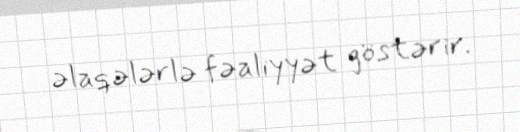
əlaqələrlə fəaliyyət göstərir.